Leaving Certificate Examination, 1904
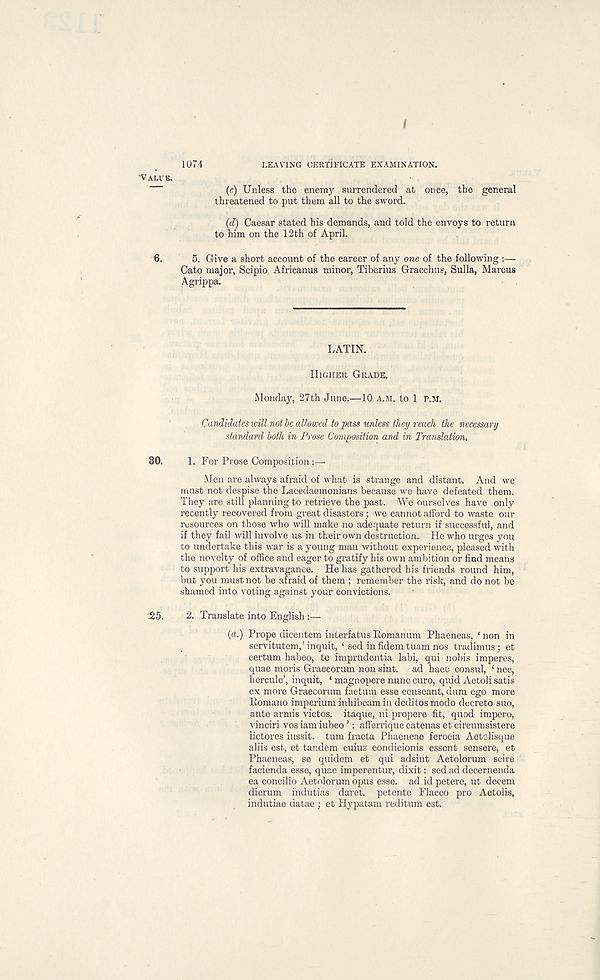
I
1074
'VALVE.
LEAVING CERTIFICATE EXAMINATION.
(c) Unless the enemy surrendered at once, the general
threatened to put them all to the sword.
(d) Caesar stated his demands, and told the envoys to return
to him on the 12th of April.
6.
5. Give a short account of the career of any one of the following :—
Cato major, Scipio Africanus minor, Tiberius Gracchus, Sulla, Marcus
Agrippa.
LATIN.
HIGHER GRADE.
Monday, 27th June.—10 A.M. to 1 r.M.
Candidates will not be allowed to pass unless they reach the necessary
standard both in Prose Composition and in Translation.
80.
1. For Prose Composition :—
Men are always afraid of what is strange and distant. And we
must not despise the Lacedaemonians because we have defeated theim
They are still planning to retrieve the past. We ourselves have only
recently recovered from great disasters; we cannot afford to waste our
resources on those who will make no adequate return if successful, and
if they fail will involve us in their own destruction. He who urges you
to undertake this war is a young man without experience, pleased with
the novelty of office and eager to gratify his own ambition or find means
to support his extravagance. He has gathered his friends round him,
but you must not be afraid of them ; remember the risk, and do not be
shamed into voting against your convictions.
55.
2. Translate into English :—
(«.) Prope dicentem interfatus Eomanum Phaeneas, ‘ non in
servitutem,’inquit, ‘ sed in fidem tuam nos tradimusq et
certum habeo, te imprudontia labi, qui nobis imperes,
quae moris Graecorum non sint. ad haec consul, ‘ nec,
hercule’, inquit, ‘ magnopere nunc euro, quid Aetoli satis
ex more Graecorum factum esse ccnseant, dum ego more
llotnano imperium inhibeam in deditos modo decreto suo,
ante amis victos. itaque, ni propere fit, quod impero,
vinciri vos iam iubeo ’: afferrique catenas et circumsistere
lictores iussit. turn fracta Phaeneae ferocia Aetclisque
aliis est, et tandem cuius condicionis essent sensere, et
Phaeneas, se quidem et qui adsint Aetolorum scire
facienda esse, quae imperentur, dixit: sed ad decernenda
ea concilio Aetolorum opus esse, ad id petere, ut decern
dierum indutias daret. petente Flacco pro Aetolis,
indutiae datae ; et Hypatam reditum est.